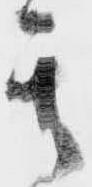
其